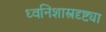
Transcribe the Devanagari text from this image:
ध्वनिशास्त्रदृष्ट्या